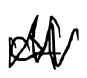
Text: of
Cross-out: zig-zag
Writing tool: digital_black